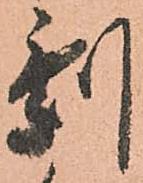
剰